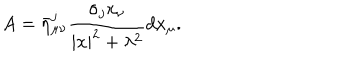
LaTeX: A = \bar { \eta } _ { \mu \nu } ^ { j } \frac { \sigma _ { j } x _ { \nu } } { | x | ^ { 2 } + \lambda ^ { 2 } } d x _ { \mu } .